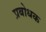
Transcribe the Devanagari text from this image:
प्रबोधक